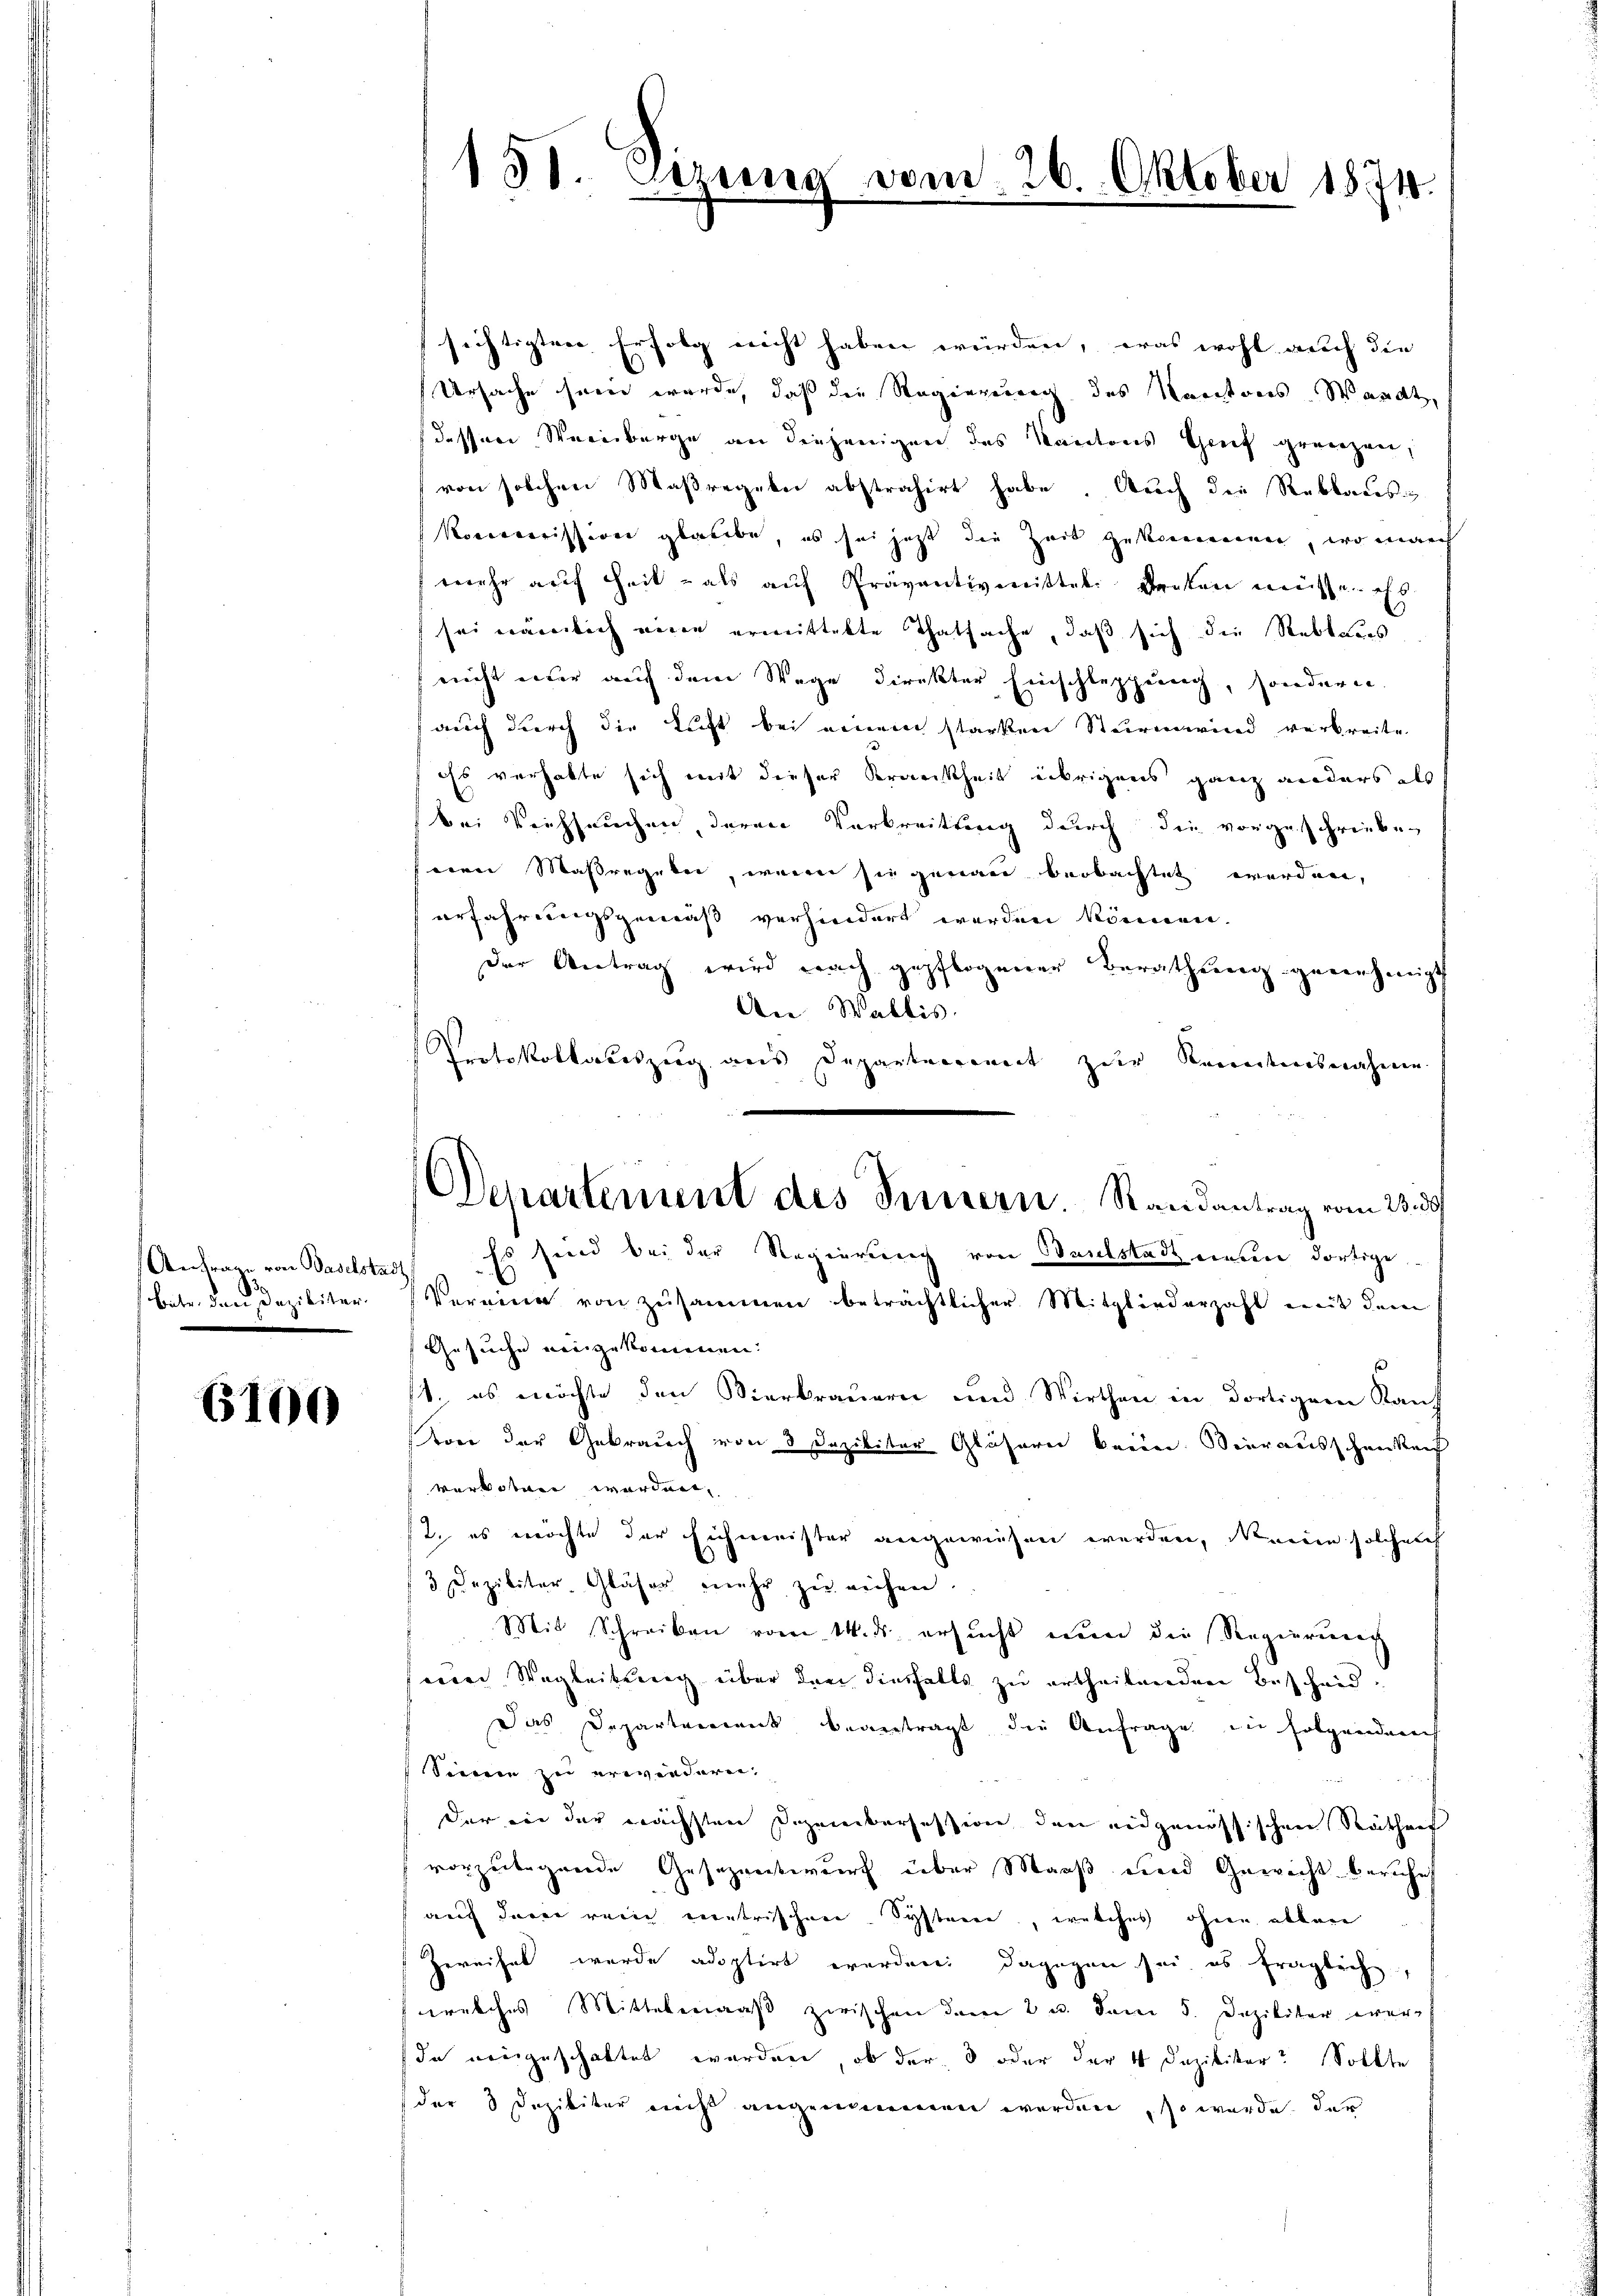
Anfrage von Baselsta
batr. den Deziliter

6100

151. Dire

Departement des Innern. Randantrag vom 23. 30

sichtigten Erfolg nicht haben würden, was wohl auch die
Ursache sein werde, daß die Regierung des Kantones Wardt,
dessen Weinberge an diejenigen das Kantons Greif grenzen,
von solchen Maßregeln abstrahirt habe. Auch die Reblaues
Rovernerission glaube, es sei jetzt die Zeit gekommen, wo manch
mehr auf Zeit als aŭf Präventivenittel denken müssen es
sei nämlich eine ermittelte Thatsache, daß sich die Reblaues
nicht einer auf dem Wege direkter Einschleppung, sondern.
f auch durch die Licht bei einem starken Sturmwind verbreite
ess verhatte sich mit dieser Krankheit übrigens ganz anders als
bei Viehseuchen deren Verbreitung durch die vorgeschrieben
nen Massregeter, wenn sie genau beobachtet werden,
erfahrungsgemäß verhindert werden können.
der Antrag wird nach gepflogener Berathung genehmigt
An Wallis.
Protokollabeszug aus Departenannt zur Kenntnisnahme
Es sind bei der Regierung von Baselstadt neun dortige
d
Vereine von zusammen beträchtlicher Mitgliederzahl mit dem
Gesuche eingekommen.
1. es möchte den Vierkrauern und Wirthen in dortigem Kauf
Kore der Gebrauch von 3 Daziliter Gläsern beein. Vierausschenkunf
verboten werden,
2. es möchte der Eichmeister angewiesen werden, wenn solcherh
3 Dezilitar Gläser mehr zŭ eichen.
Mit Schreiben vom 14. ds. ersŭcht einer die Regierung
seiner Wegleitung über den diesfalls zu urtheilenden Bescheid¬
Das Departement beantragt die Anfrage in folgenden
Sinnern zu erwindern.
der in der nächsten Dezembersession den eidgenössischen Ratharf
vorzeitigende Gesezentwurf über Maaß und Gewicht beruhet
auch derer reine neutrischene Systerre, welches ohnen allen
Zereichel wurde adoptirt erordnen; dagegen sei, es fraglich,
welches Mittelmaaß zwischen dem 2 u. dem 5. Deziliter wer-
da eingeschattet werden, ob der 3 oder der 4 Dazilister? Sollte
der 3 Deziliter nicht angenommen werden, so werde der

6. Oktober 1874.